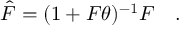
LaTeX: \hat { F } = ( 1 + F \theta ) ^ { - 1 } F \quad .